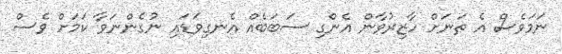
ނަމަވެސް އެ ތަނަށް ހާޒިރުވާން އެންގި ސަބަބެއް އެނގިވަޑައި ނުގެންނަވާ ކަމަށް ވެސް